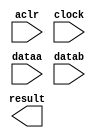
// megafunction wizard: %LPM_MULT%VBB%
// GENERATION: STANDARD
// VERSION: WM1.0
// MODULE: lpm_mult 

// ============================================================
// Megafunction Name(s):
// 			lpm_mult
//
// Simulation Library Files(s):
// 			lpm
// ============================================================
// ************************************************************
// THIS IS A WIZARD-GENERATED FILE. DO NOT EDIT THIS FILE!
//
// 12.1 Build 177 11/07/2012 SJ Full Version
// ************************************************************

//Copyright (C) 1991-2012 Altera Corporation
//Your use of Altera Corporation's design tools, logic functions 
//and other software and tools, and its AMPP partner logic 
//functions, and any output files from any of the foregoing 
//(including device programming or simulation files), and any 
//associated documentation or information are expressly subject 
//to the terms and conditions of the Altera Program License 
//Subscription Agreement, Altera MegaCore Function License 
//Agreement, or other applicable license agreement, including, 
//without limitation, that your use is for the sole purpose of 
//programming logic devices manufactured by Altera and sold by 
//Altera or its authorized distributors.  Please refer to the 
//applicable agreement for further details.

module mult (
	aclr,
	clock,
	dataa,
	datab,
	result);

	input	  aclr;
	input	  clock;
	input	[15:0]  dataa;
	input	[15:0]  datab;
	output	[31:0]  result;

endmodule

// ============================================================
// CNX file retrieval info
// ============================================================
// Retrieval info: PRIVATE: AutoSizeResult NUMERIC "1"
// Retrieval info: PRIVATE: B_isConstant NUMERIC "0"
// Retrieval info: PRIVATE: ConstantB NUMERIC "0"
// Retrieval info: PRIVATE: INTENDED_DEVICE_FAMILY STRING "Cyclone IV E"
// Retrieval info: PRIVATE: LPM_PIPELINE NUMERIC "2"
// Retrieval info: PRIVATE: Latency NUMERIC "1"
// Retrieval info: PRIVATE: SYNTH_WRAPPER_GEN_POSTFIX STRING "0"
// Retrieval info: PRIVATE: SignedMult NUMERIC "1"
// Retrieval info: PRIVATE: USE_MULT NUMERIC "1"
// Retrieval info: PRIVATE: ValidConstant NUMERIC "0"
// Retrieval info: PRIVATE: WidthA NUMERIC "16"
// Retrieval info: PRIVATE: WidthB NUMERIC "16"
// Retrieval info: PRIVATE: WidthP NUMERIC "32"
// Retrieval info: PRIVATE: aclr NUMERIC "1"
// Retrieval info: PRIVATE: clken NUMERIC "0"
// Retrieval info: PRIVATE: new_diagram STRING "1"
// Retrieval info: PRIVATE: optimize NUMERIC "0"
// Retrieval info: LIBRARY: lpm lpm.lpm_components.all
// Retrieval info: CONSTANT: LPM_HINT STRING "MAXIMIZE_SPEED=5"
// Retrieval info: CONSTANT: LPM_PIPELINE NUMERIC "2"
// Retrieval info: CONSTANT: LPM_REPRESENTATION STRING "SIGNED"
// Retrieval info: CONSTANT: LPM_TYPE STRING "LPM_MULT"
// Retrieval info: CONSTANT: LPM_WIDTHA NUMERIC "16"
// Retrieval info: CONSTANT: LPM_WIDTHB NUMERIC "16"
// Retrieval info: CONSTANT: LPM_WIDTHP NUMERIC "32"
// Retrieval info: USED_PORT: aclr 0 0 0 0 INPUT NODEFVAL "aclr"
// Retrieval info: USED_PORT: clock 0 0 0 0 INPUT NODEFVAL "clock"
// Retrieval info: USED_PORT: dataa 0 0 16 0 INPUT NODEFVAL "dataa[15..0]"
// Retrieval info: USED_PORT: datab 0 0 16 0 INPUT NODEFVAL "datab[15..0]"
// Retrieval info: USED_PORT: result 0 0 32 0 OUTPUT NODEFVAL "result[31..0]"
// Retrieval info: CONNECT: @aclr 0 0 0 0 aclr 0 0 0 0
// Retrieval info: CONNECT: @clock 0 0 0 0 clock 0 0 0 0
// Retrieval info: CONNECT: @dataa 0 0 16 0 dataa 0 0 16 0
// Retrieval info: CONNECT: @datab 0 0 16 0 datab 0 0 16 0
// Retrieval info: CONNECT: result 0 0 32 0 @result 0 0 32 0
// Retrieval info: GEN_FILE: TYPE_NORMAL mult.v TRUE
// Retrieval info: GEN_FILE: TYPE_NORMAL mult.inc FALSE
// Retrieval info: GEN_FILE: TYPE_NORMAL mult.cmp FALSE
// Retrieval info: GEN_FILE: TYPE_NORMAL mult.bsf FALSE
// Retrieval info: GEN_FILE: TYPE_NORMAL mult_inst.v FALSE
// Retrieval info: GEN_FILE: TYPE_NORMAL mult_bb.v TRUE
// Retrieval info: LIB_FILE: lpm